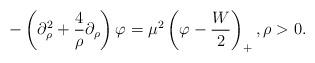
LaTeX: \begin{align*}-\left(\partial_{\rho}^{2}+\frac{4}{\rho}\partial_{\rho} \right)\varphi=\mu^{2}\left(\varphi-\frac{W}{2}\right)_{+},\rho>0. \end{align*}